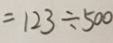
= 1 2 3 \div 5 0 0